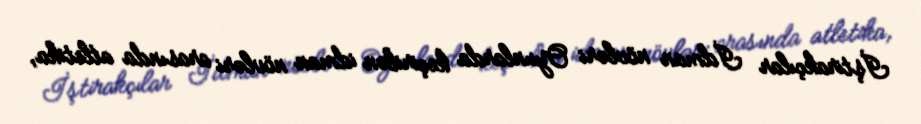
İştirakçılar İdman növləri Oyunlarda keçirilən idman növləri arasında atletika,